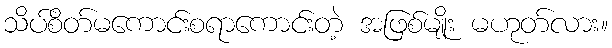
သိပ်စိတ်မကောင်းစရာကောင်းတဲ့ အဖြစ်မျိုး မဟုတ်လား။